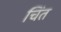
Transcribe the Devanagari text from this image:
चिंत